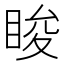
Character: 睃